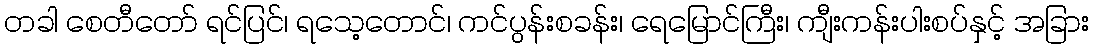
တခါ စေတီတော် ရင်ပြင်၊ ရသေ့တောင်၊ ကင်ပွန်းစခန်း၊ ရေမြောင်ကြီး၊ ကျီးကန်းပါးစပ်နှင့် အခြား